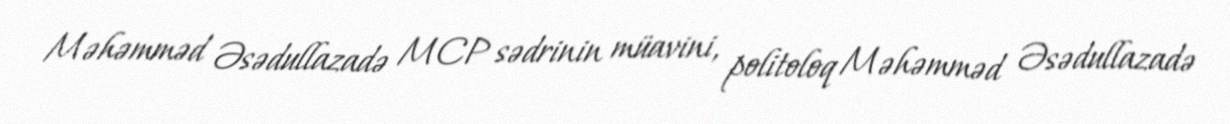
Məhəmməd Əsədullazadə MCP sədrinin müavini, politoloq Məhəmməd Əsədullazadə